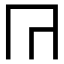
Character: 𭁟